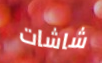
شاشات